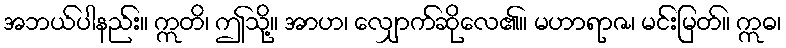
အဘယ်ပါနည်း။ ဣတိ၊ ဤသို့။ အာဟ၊ လျှောက်ဆိုလေ၏။ မဟာရာဇ၊ မင်းမြတ်။ ဣဓ၊